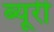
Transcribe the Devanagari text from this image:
ब्यूरी